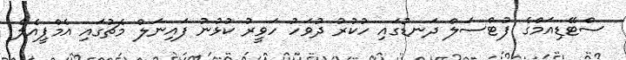
ސްޓޭޑިއަމްގެ ފުޓްސަލް ދަނޑުގައި ހުކުރު ދުވަހު ހަވީރު ކުޅުނު ފައިނަލް މެޗުގައި އެމްޕީއެލް